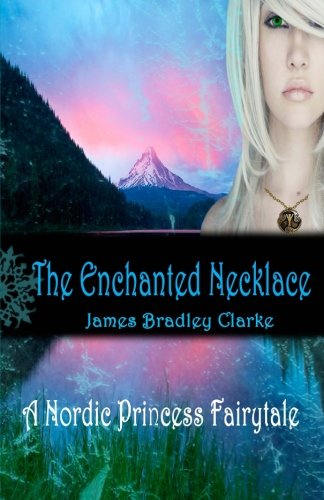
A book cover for The Enchanted Necklace: A Nordic Princess Fairytale; James Bradley Clarke; Children's Books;